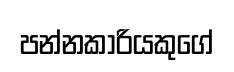
පන්නකාරියකුගේ